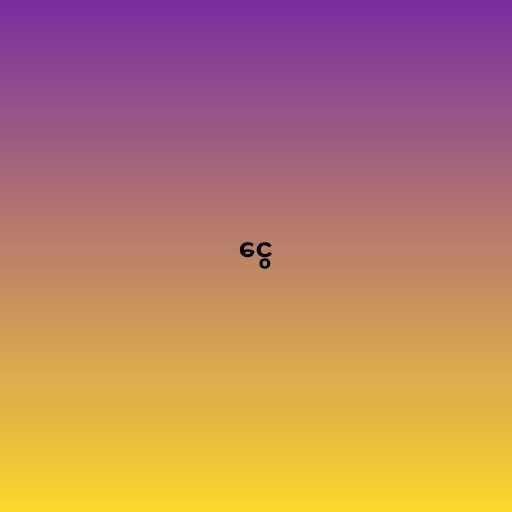
ငွေ